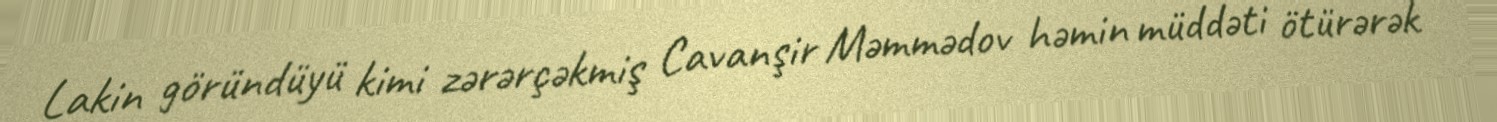
Lakin göründüyü kimi zərərçəkmiş Cavanşir Məmmədov həmin müddəti ötürərək